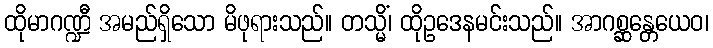
ထိုမာဂဏ္ဍီ အမည်ရှိသော မိဖုရားသည်။ တသ္မိံ၊ ထိုဥဒေနမင်းသည်။ အာဂစ္ဆန္တေယေဝ၊